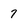
Character: 7